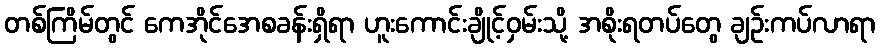
တစ်ကြိမ်တွင် ကေအိုင်အေစခန်းရှိရာ ဟူးကောင်းချိုင့်ဝှမ်းသို့ အစိုးရတပ်တွေ ချဉ်းကပ်လာရာ